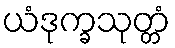
ယံဒုက္ခသုတ္တံ